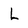
Character: L